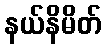
နယ်နိမိတ်